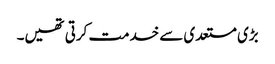
بڑی مستعدی سے خدمت کرتی تھیں۔